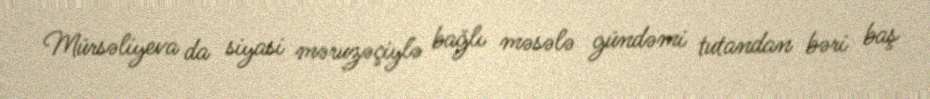
Mürsəliyeva da siyasi məruzəçiylə bağlı məsələ gündəmi tutandan bəri baş